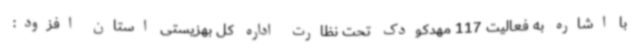
با اشاره به فعالیت 117 مهدکودک تحت نظارت اداره کل بهزیستی استان افزود: